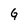
Character: G